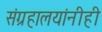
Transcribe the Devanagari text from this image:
संग्रहालयांनीही